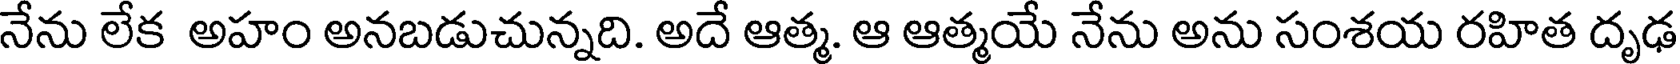
నేను లేక అహం అనబడుచున్నది. అదే ఆత్మ. ఆ ఆత్మయే నేను అను సంశయ రహిత దృఢ